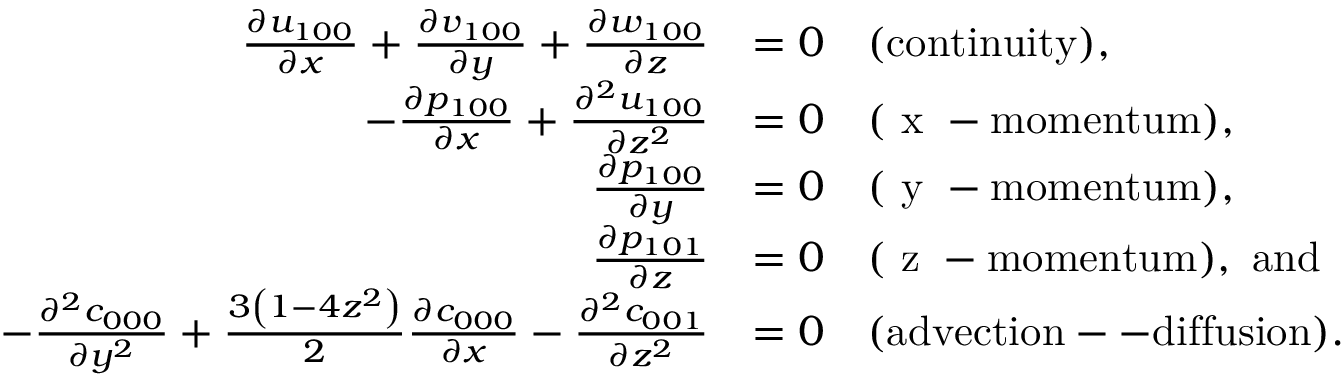
\begin{array} { r l } { \frac { \partial u _ { 1 0 0 } } { \partial x } + \frac { \partial v _ { 1 0 0 } } { \partial y } + \frac { \partial w _ { 1 0 0 } } { \partial z } } & { = 0 \quad \mathrm { ( c o n t i n u i t y ) , } } \\ { - \frac { \partial p _ { 1 0 0 } } { \partial x } + \frac { \partial ^ { 2 } u _ { 1 0 0 } } { \partial z ^ { 2 } } } & { = 0 \quad \mathrm { ( ~ x ~ - m o m e n t u m ) , } } \\ { \frac { \partial p _ { 1 0 0 } } { \partial y } } & { = 0 \quad \mathrm { ( ~ y ~ - m o m e n t u m ) , } } \\ { \frac { \partial p _ { 1 0 1 } } { \partial z } } & { = 0 \quad \mathrm { ( ~ z ~ - m o m e n t u m ) , ~ a n d } } \\ { - \frac { \partial ^ { 2 } c _ { 0 0 0 } } { \partial y ^ { 2 } } + \frac { 3 \left( 1 - 4 z ^ { 2 } \right) } { 2 } \frac { \partial c _ { 0 0 0 } } { \partial x } - \frac { \partial ^ { 2 } c _ { 0 0 1 } } { \partial z ^ { 2 } } } & { = 0 \quad { \mathrm { ( a d v e c t i o n -- d i f f u s i o n ) } } . } \end{array}